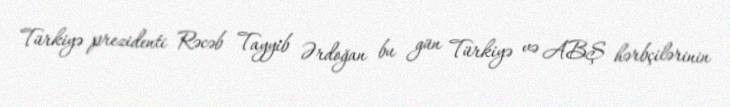
Türkiyə prezidenti Rəcəb Tayyib Ərdoğan bu gün Türkiyə və ABŞ hərbçilərinin